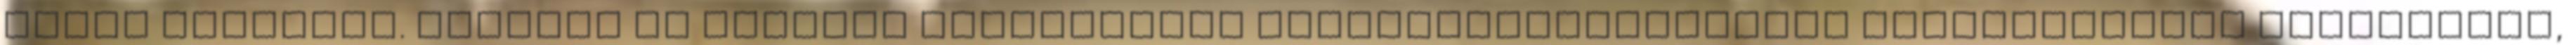
adott rendszer. Idehaza is gyakran alkalmaznak számítógépbiztonsági munkakörökben hackereket,